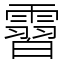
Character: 霫